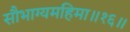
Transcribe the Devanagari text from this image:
सौभाग्यमहिमा॥१६॥